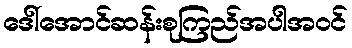
ဒေါ်အောင်ဆန်းစုကြည်အပါအဝင်